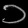
Digit: ၁